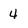
Character: 4